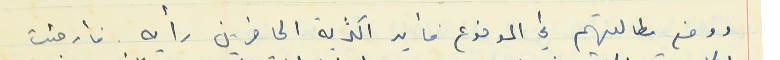
ووضع مطالعتهم في الموضوع فأيد اكثرية الحاضرين رأيه. فأرجئت